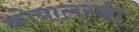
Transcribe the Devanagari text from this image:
कोवालस्की